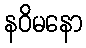
နဝိမနော